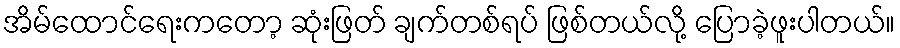
အိမ်ထောင်ရေးကတော့ ဆုံးဖြတ် ချက်တစ်ရပ် ဖြစ်တယ်လို့ ပြောခဲ့ဖူးပါတယ်။